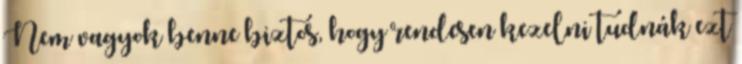
Nem vagyok benne biztos, hogy rendesen kezelni tudnák ezt